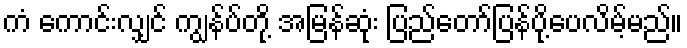
ကံ ကောင်းလျှင် ကျွန်ပ်တို့ အမြန်ဆုံး ပြည်တော်ပြန်ပို့ပေလိမ့်မည်။